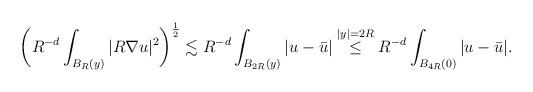
LaTeX: \begin{align*}\bigg(R^{-d}\int_{B_{R}(y)}|R\nabla u|^2\bigg)^\frac{1}{2}\lesssim R^{-d}\int_{B_{2R}(y)}|u-\bar u|\stackrel{|y|=2R}{\le} R^{-d} \int_{B_{4R}(0)}|u-\bar u|.\end{align*}